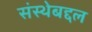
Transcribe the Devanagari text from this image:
संस्थेबद्दल